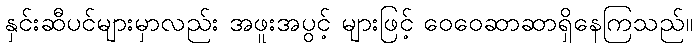
နှင်းဆီပင်များမှာလည်း အဖူးအပွင့် များဖြင့် ဝေဝေဆာဆာရှိနေကြသည်။